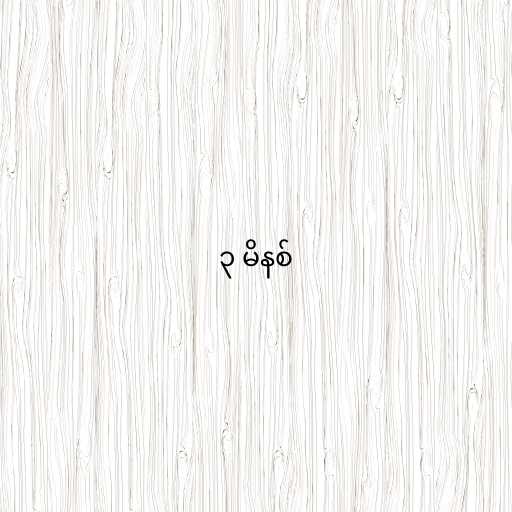
၃ မိနစ်